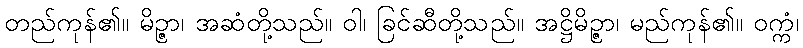
တည်ကုန်၏။ မိဉ္ဇာ၊ အဆံတို့သည်။ ဝါ၊ ခြင်ဆီတို့သည်။ အဋ္ဌိမိဉ္ဇာ၊ မည်ကုန်၏။ ဝက္ကံ၊